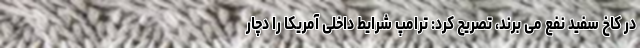
در کاخ سفید نفع می برند، تصریح کرد: ترامپ شرایط داخلی آمریکا را دچار